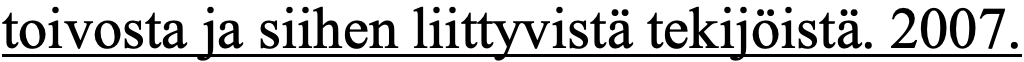
toivosta ja siihen liittyvistä tekijöistä. 2007.